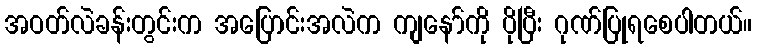
အဝတ်လဲခန်းတွင်းက အပြောင်းအလဲက ကျနော်ကို ပိုပြီး ဂုဏ်ပြုရစေပါတယ်။